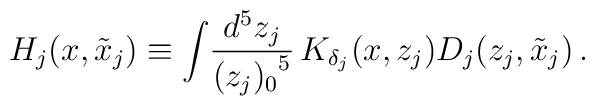
H_j(x,\tilde{x}_j) \equiv  \int \! \frac{d^5 z_j}{{(z_j)_0}^5} \, K_{\delta_j}(x, z_j)D_j(z_j, \tilde{x}_j) \, .